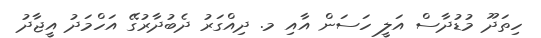
ހިތަދޫ މުޑުދާސް އަލީ ހަސަން އާއި މ. ދިއްގަރު ދެބުދާރުގޭ އަހްމަދު އީޖާދު